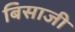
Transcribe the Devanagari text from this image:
बिसाजी